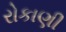
રોકાણી